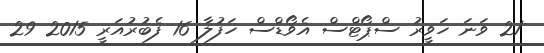
21 ވަނަ ހަވީރު ސްޕޯޓްސް އެވޯޑްސް ހަފުލާ 16 ފެބުރުއަރީ 2015 29